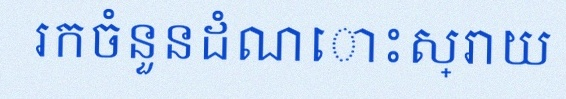
រកចំនួនដំណោះស្រាយ